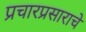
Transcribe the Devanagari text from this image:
प्रचारप्रसाराचे